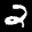
Label: 2